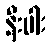
နီးပါး